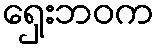
ရှေးဘဝက